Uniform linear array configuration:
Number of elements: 12
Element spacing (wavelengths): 0.5
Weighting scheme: kaiser
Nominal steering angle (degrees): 30
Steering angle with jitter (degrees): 30.31
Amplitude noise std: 0.05
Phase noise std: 0.05

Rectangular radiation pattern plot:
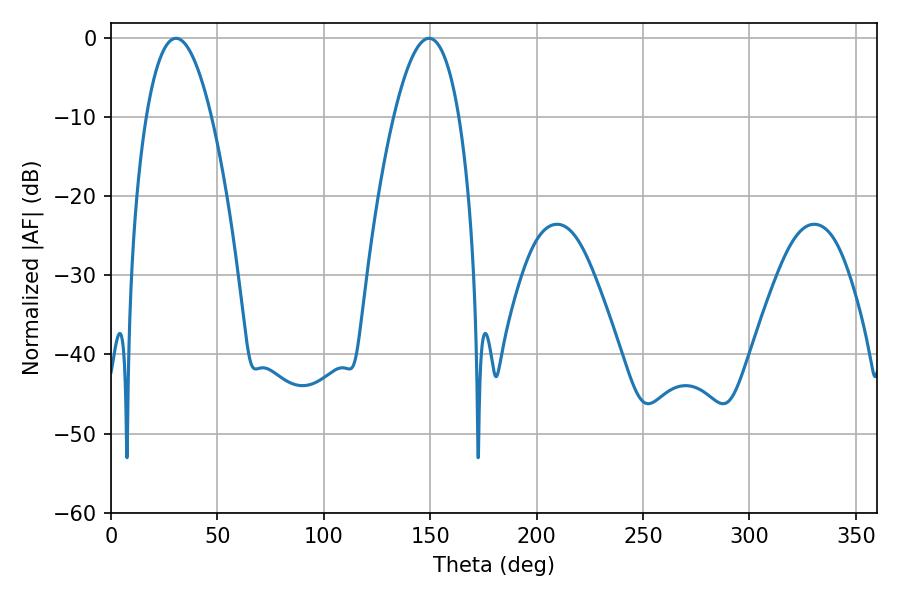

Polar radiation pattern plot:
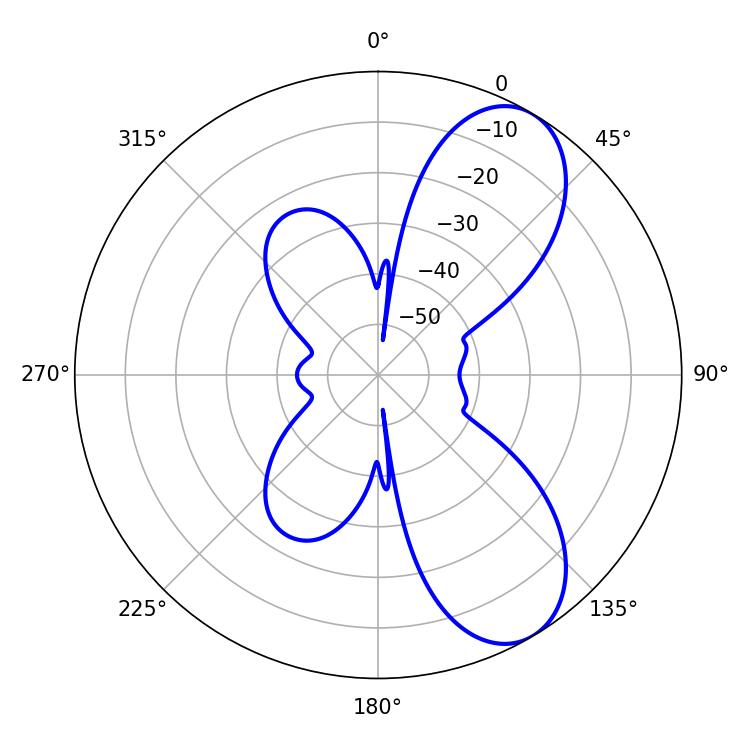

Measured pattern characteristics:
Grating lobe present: FALSE
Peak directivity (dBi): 7.904
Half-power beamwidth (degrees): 16.92
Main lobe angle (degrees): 30.6